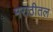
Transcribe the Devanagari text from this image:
मराठीतल